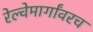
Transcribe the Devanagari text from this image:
रेल्वेमार्गांवरच